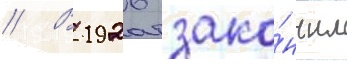
// В 1926 зако́нчил